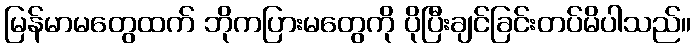
မြန်မာမတွေထက် ဘိုကပြားမတွေကို ပိုပြီးချင်ခြင်းတပ်မိပါသည်။